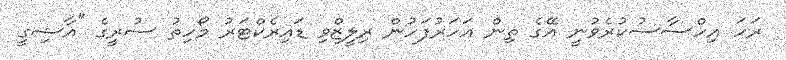
ރަހަ އިހްސާސުކުރެވުނީ އޭގެ ތިން އަހަރުފަހުން ރިލީޒްވި ޑައިރެކްޓަރު މޯހިތު ސުރީގެ "އާޝިގީ